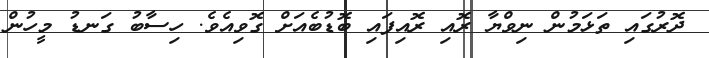
ދޮރުގައި ތަޅަމުން ނިވްޔާ ރޮއި ރޮއިފައި ބޮޑުބެއަށް ގޮވިއެވެ. ހިސާބު ގަނޑު މީހުން